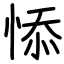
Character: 悿